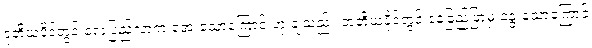
ဒုတိယပိုဒ်တွင် လေပြည်လာက အေးသောကြောင့် ဟု ချသည်။ တတိယပိုဒ်တွင် နေခြည်ဖြာမှ နွေးသောကြောင့်